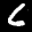
Label: 6